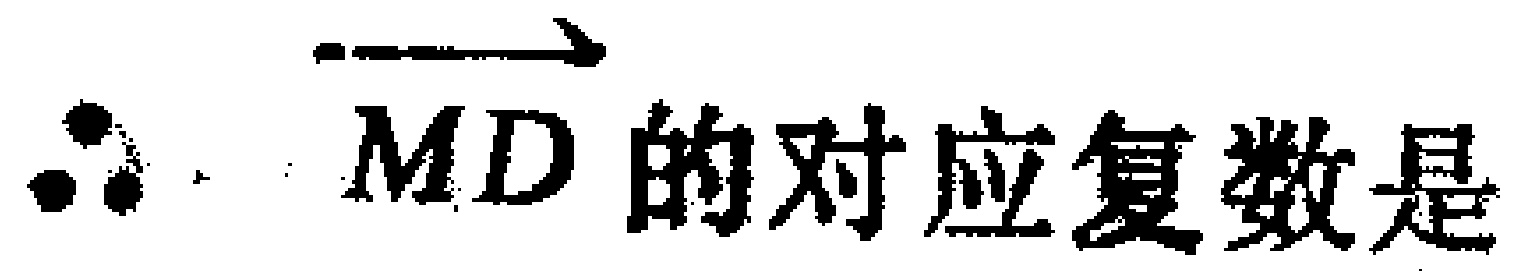
$\therefore\overrightarrow{MD}$的对应复数是